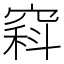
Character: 𥧇